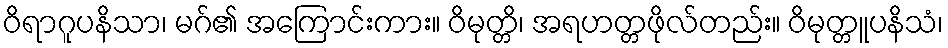
ဝိရာဂူပနိသာ၊ မဂ်၏ အကြောင်းကား။ ဝိမုတ္တိ၊ အရဟတ္တဖိုလ်တည်း။ ဝိမုတ္တူပနိသံ၊